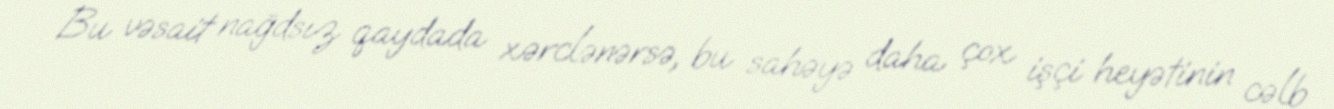
Bu vəsait nağdsız qaydada xərclənərsə, bu sahəyə daha çox işçi heyətinin cəlb